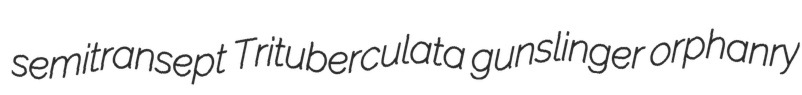
semitransept Trituberculata gunslinger orphanry